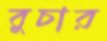
বুচার